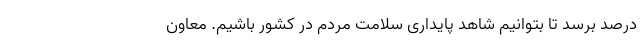
درصد برسد تا بتوانیم شاهد پایداری سلامت مردم در کشور باشیم. معاون